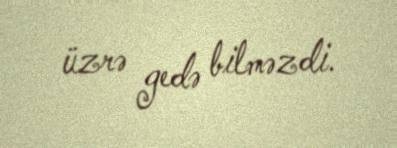
üzrə gedə bilməzdi.